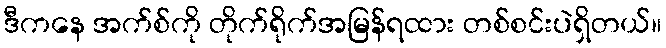
ဒီကနေ အက်စ်ကို တိုက်ရိုက်အမြန်ရထား တစ်စင်းပဲရှိတယ်။